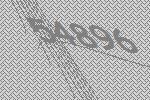
54896